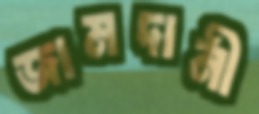
জামদানী